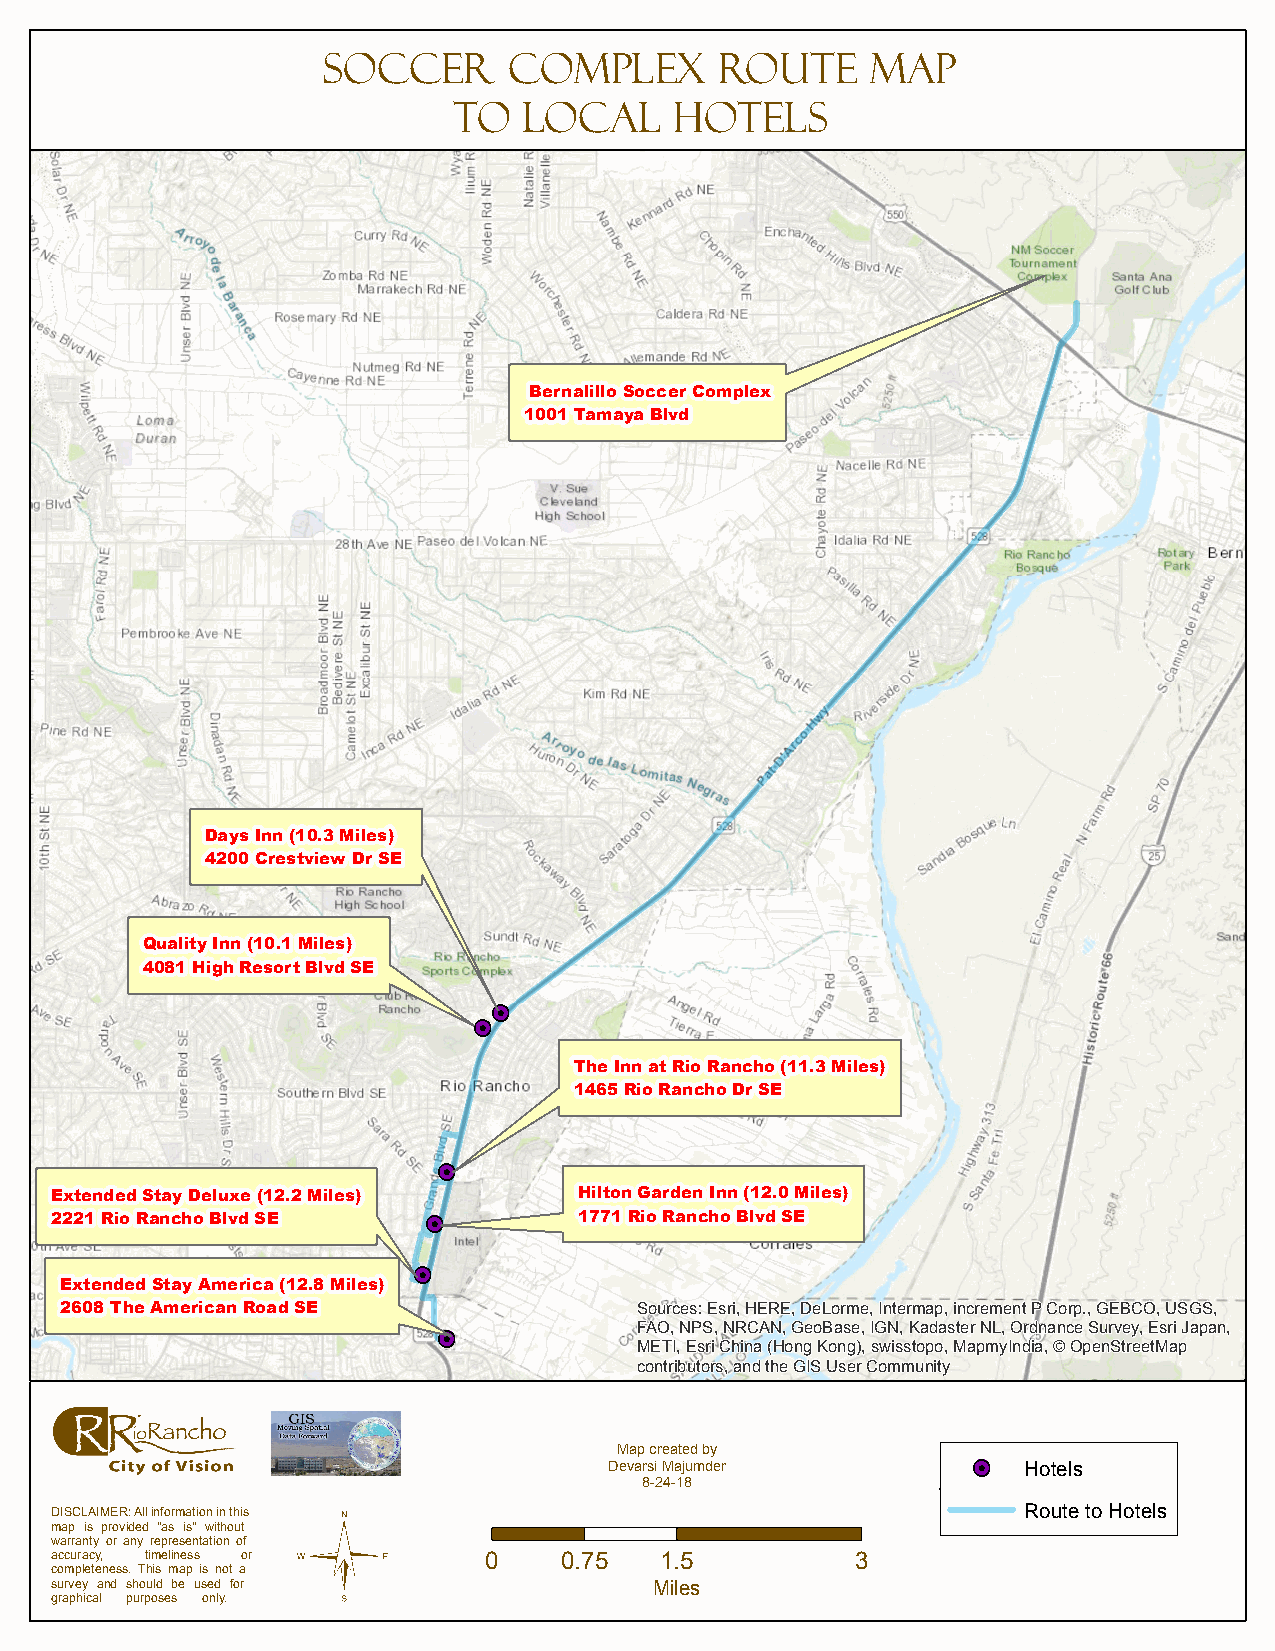
Soccer       Complex       Route     Map
 To   Local     Hotels
 Bernalillo Soccer Complex
 1001 Tamaya Blvd
 Days Inn (10.3 Miles)
 4200 Crestview Dr SE
 Quality Inn (10.1 Miles)
 4081 High Resort Blvd SE
 !H
 !H
 The Inn at Rio Rancho (11.3 Miles)
 1465 Rio Rancho Dr SE
 !H
 Extended Stay Deluxe (12.2 Miles)  Hilton Garden Inn (12.0 Miles)
 2221 Rio Rancho Blvd SE  !H        1771 Rio Rancho Blvd SE
 !H
 Extended Stay America (12.8 Miles)
 2608 The American Road SE             Sources: Esri, HERE, DeLorme, Intermap, increment P Corp., GEBCO, USGS,
 !H           FAO, NPS, NRCAN, GeoBase, IGN, Kadaster NL, Ordnance Survey, Esri Japan,
 METI, Esri China (Hong Kong), swisstopo, MapmyIndia, © OpenStreetMap
 contributors, and the GIS User Community
 Map created by
 Devarsi Majumder        !H  Hotels
 8-24-18
 DISCLAIMER: All information in this ©                            Route to Hotels
 map is provided "as is" without
 warranty or any representation of
 accuracy, timeliness or      0    0.75   1.5          3
 completeness. This map is not a
 survey and should be used for           Miles
 graphical purposes only.